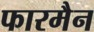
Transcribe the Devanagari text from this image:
फारमैन